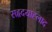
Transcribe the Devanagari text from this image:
सहृदयाह्लाद